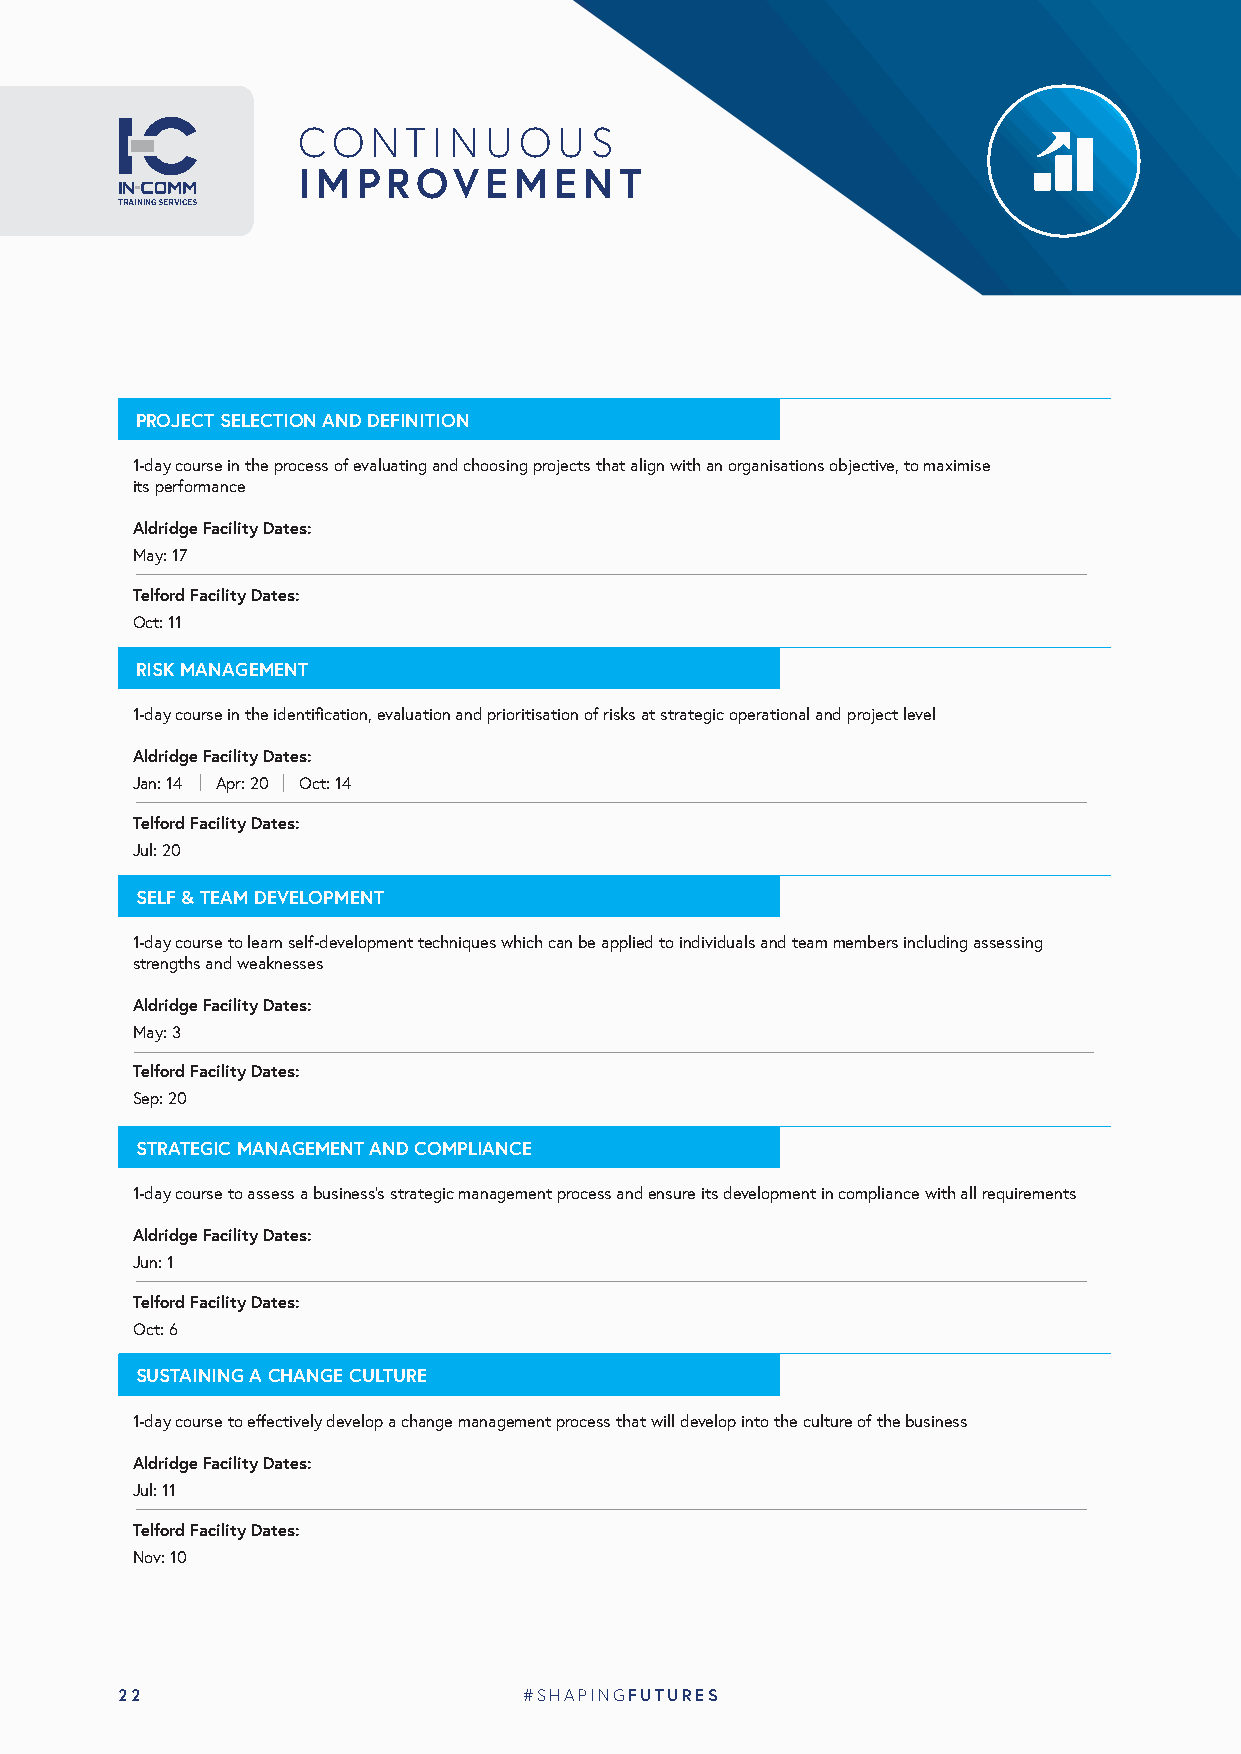
CONTINUOUS
 IMPROVEMENT
 TRAINING SERVICES
 PROJECT SELECTION AND DEFINITION
 1-day course in the process of evaluating and choosing projects that align with an organisations objective, to maximise
 its performance
 Aldridge Facility Dates:
 May: 17
 Telford Facility Dates:
 Oct: 11
 RISK MANAGEMENT
 1-day course in the identification, evaluation and prioritisation of risks at strategic operational and project level
 Aldridge Facility Dates:
 Jan: 14 Apr: 20 Oct: 14
 Telford Facility Dates:
 Jul: 20
 SELF & TEAM DEVELOPMENT
 1-day course to learn self-development techniques which can be applied to individuals and team members including assessing
 strengths and weaknesses
 Aldridge Facility Dates:
 May: 3
 Telford Facility Dates:
 Sep: 20
 STRATEGIC MANAGEMENT AND COMPLIANCE
 1-day course to assess a business’s strategic management process and ensure its development in compliance with all requirements
 Aldridge Facility Dates:
 Jun: 1
 Telford Facility Dates:
 Oct: 6
 SUSTAINING A CHANGE CULTURE
 1-day course to effectively develop a change management process that will develop into the culture of the business
 Aldridge Facility Dates:
 Jul: 11
 Telford Facility Dates:
 Nov: 10
 22                         #SHAPINGFUTURES